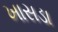
ખાસડા